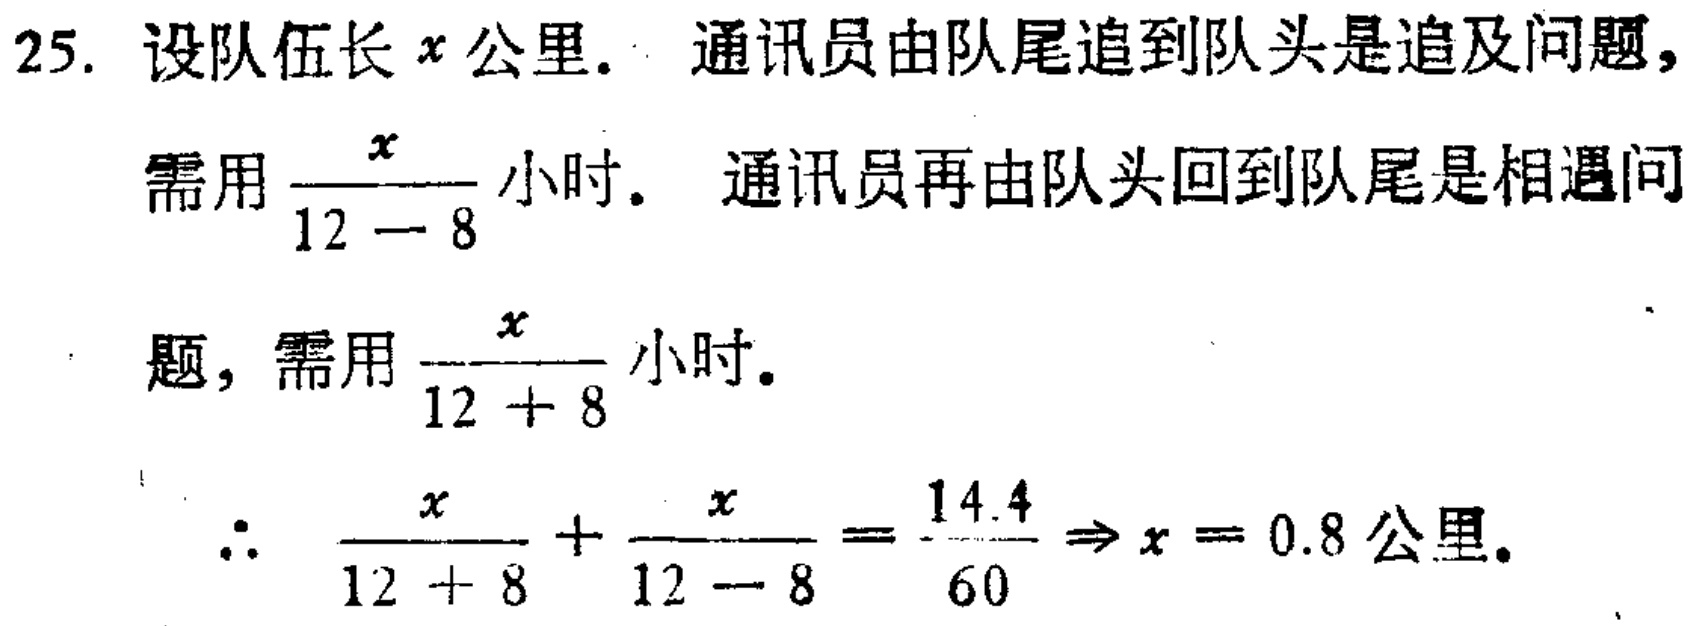
25. 设队伍长\(x\)公里. 通讯员由队尾追到队头是追及问题,
需用\(\frac{x}{12 - 8}\)小时. 通讯员再由队头回到队尾是相遇问
题, 需用\(\frac{x}{12 + 8}\)小时.
\(\therefore\) \(\frac{x}{12 + 8}+ \frac{x}{12 - 8}=\frac{14.4}{60}\Rightarrow x = 0.8\)公里.